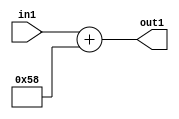
`timescale 1ps / 1ps
/*****************************************************************************
    Verilog RTL Description
    
    
    Created by: Stratus DpOpt 2019.1.01 
*******************************************************************************/

module DC_Filter_Add_12U_202_1 (
	in1,
	out1
	); /* architecture "behavioural" */ 
input [11:0] in1;
output [11:0] out1;
wire [11:0] asc001;

assign asc001 = 
	+(in1)
	+(12'B000001011000);

assign out1 = asc001;
endmodule

/* CADENCE  urnySAE= : u9/ySgnWtBlWxVPRXgAZ4Og= ** DO NOT EDIT THIS LINE ******/